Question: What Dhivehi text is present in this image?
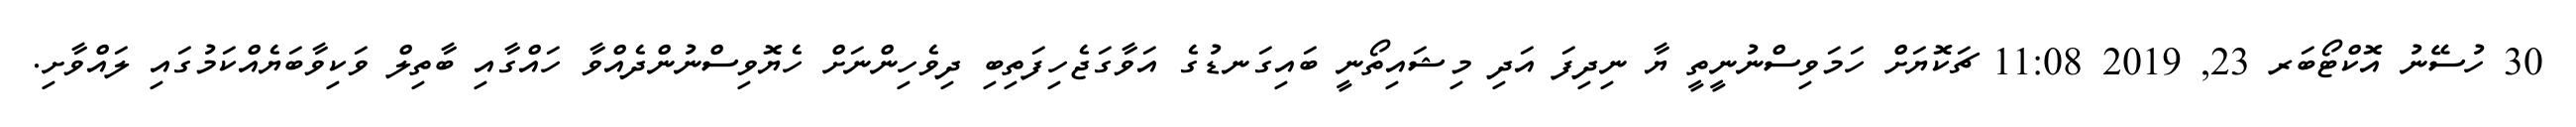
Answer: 30 ހުސޭނު އޮކްޓޯބަރ 23, 2019 11:08 ޗަކޮޔަށް ހަމަވިސްނުނީތީ ޔާ ނިދިފަ އަދި މިޝައިތޯނީ ބައިގަނޑުގެ އަވާގަޖެހިފަތިބި ދިވެހިންނަށް ހެޔޮވިސްނުންދެއްވާ ހައްގާއި ބާތިލް ވަކިވާބަޔެއްކަމުގައި ލައްވާށި.